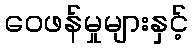
ဝေဖန်မှုများနှင့်